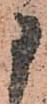
申